画像に写った文字を読んでください
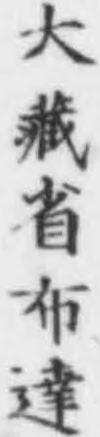
「大藏省布達」と書いてあります